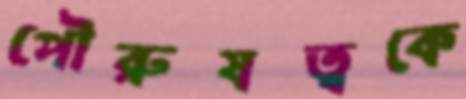
পৌরুষত্বকে